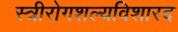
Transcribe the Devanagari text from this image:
स्त्रीरोगशल्यविशारद